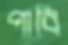
পাবি